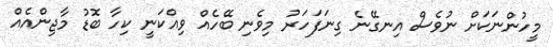
މީހުންނަކަށް ނުވެސް އިނގޭނެ ގިނަފަހަރު މިވެނި ބޭހެއް ވިއްކަނީ ކިހާ ބޮޑު މާޖިންއެއް